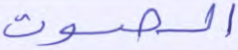
الصوت